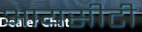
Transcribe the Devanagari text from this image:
आयसीटी